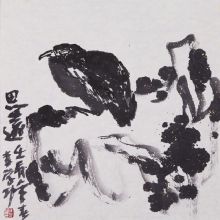
春思远，谁叹赏国香风味。